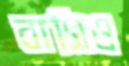
বাসিও